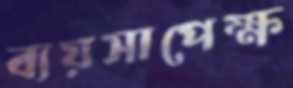
ব্যয়সাপেক্ষ